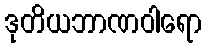
ဒုတိယဘာဏဝါရော